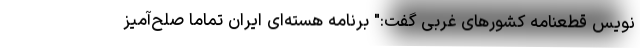
نویس قطعنامه کشورهای غربی گفت:" برنامه هسته‌ای ایران تماماً صلح‌آمیز